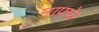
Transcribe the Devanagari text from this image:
माफ्फे